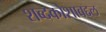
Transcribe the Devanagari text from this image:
शब्दकोशाबद्दल